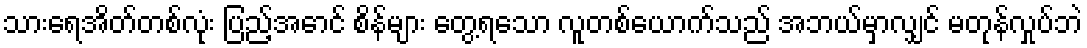
သားရေအိတ်တစ်လုံး ပြည့်အောင် စိန်များ တွေ့ရသော လူတစ်ယောက်သည် အဘယ်မှာလျှင် မတုန်လှုပ်ဘဲ